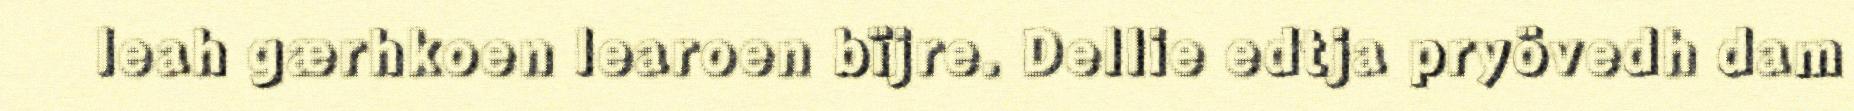
leah gærhkoen learoen bïjre. Dellie edtja pryövedh dam